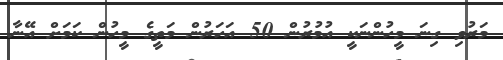
މަރުވި ގިނަ މީހުންނަކީ އުމުރުން 50 އަހަރުން މަތީގެ މީހުން ކަމަށް އޭނާ